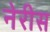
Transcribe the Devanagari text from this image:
नेरीस